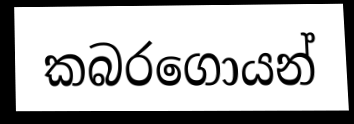
කබරගොයන්